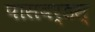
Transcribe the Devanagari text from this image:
पासवर्डस्